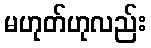
မဟုတ်ဟုလည်း